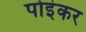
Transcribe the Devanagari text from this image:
पोइंकर